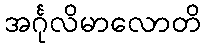
အင်္ဂုလိမာလောတိ